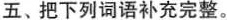
五、把下列词语补充完整。